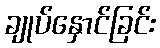
ချုပ်နှောင်ခြင်း